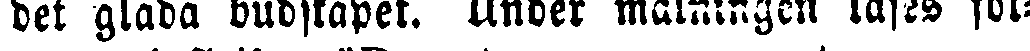
det glada budskapet. Under målningen läses föl-